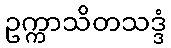
ဥက္ကာသိတသဒ္ဒံ